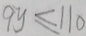
9 y \leq 1 1 0